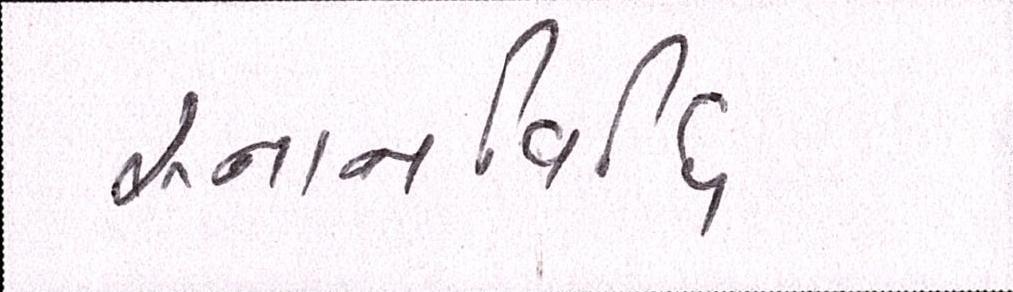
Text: સ્નાનવિધિ